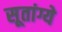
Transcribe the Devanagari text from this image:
सूतांग्ये